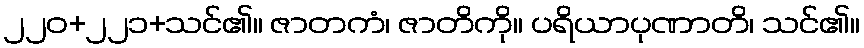
၂၂၀+၂၂၁+သင်၏။ ဇာတကံ၊ ဇာတိကို။ ပရိယာပုဏာတိ၊ သင်၏။